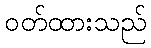
ဝတ်ထားသည်